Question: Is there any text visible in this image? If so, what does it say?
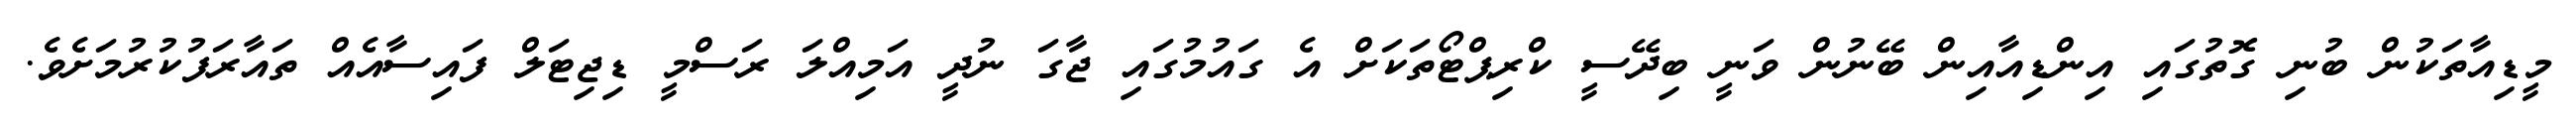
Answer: މީޑިއާތަކުން ބުނި ގޮތުގައި އިންޑިއާއިން ބޭނުން ވަނީ ބިދޭސީ ކްރިޕްޓޯތަކަށް އެ ގައުމުގައި ޖާގަ ނުދީ އަމިއްލަ ރަސްމީ ޑިޖިޓަލް ފައިސާއެއް ތައާރަފުކުރުމަށެވެ.